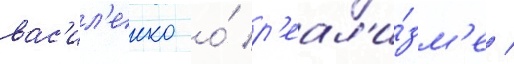
вас'ил'енко о́ р'еал'и́зм'е /